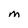
Character: M